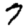
Digit: 7